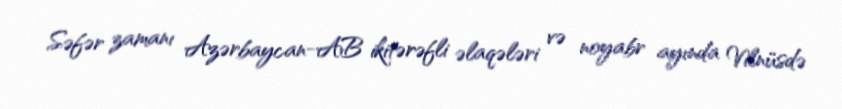
Səfər zamanı Azərbaycan-AB ikitərəfli əlaqələri və noyabr ayında Vilnüsdə